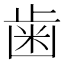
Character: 歯